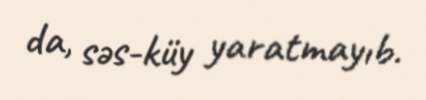
da, səs-küy yaratmayıb.